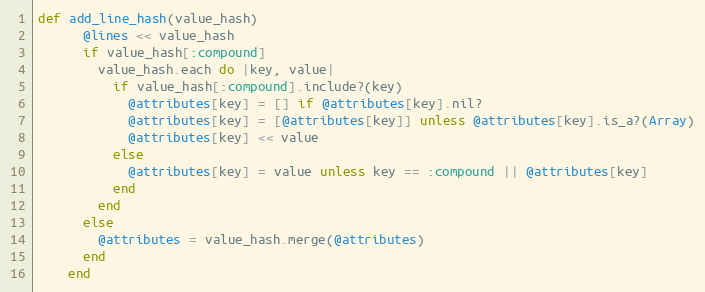
Language: Ruby
def add_line_hash(value_hash)
      @lines << value_hash
      if value_hash[:compound]
        value_hash.each do |key, value|
          if value_hash[:compound].include?(key)
            @attributes[key] = [] if @attributes[key].nil?
            @attributes[key] = [@attributes[key]] unless @attributes[key].is_a?(Array)
            @attributes[key] << value
          else
            @attributes[key] = value unless key == :compound || @attributes[key]
          end
        end
      else
        @attributes = value_hash.merge(@attributes)
      end
    end